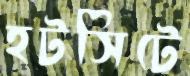
হটসিটে